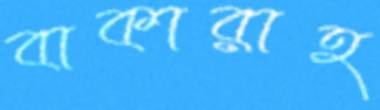
বাকারাহ